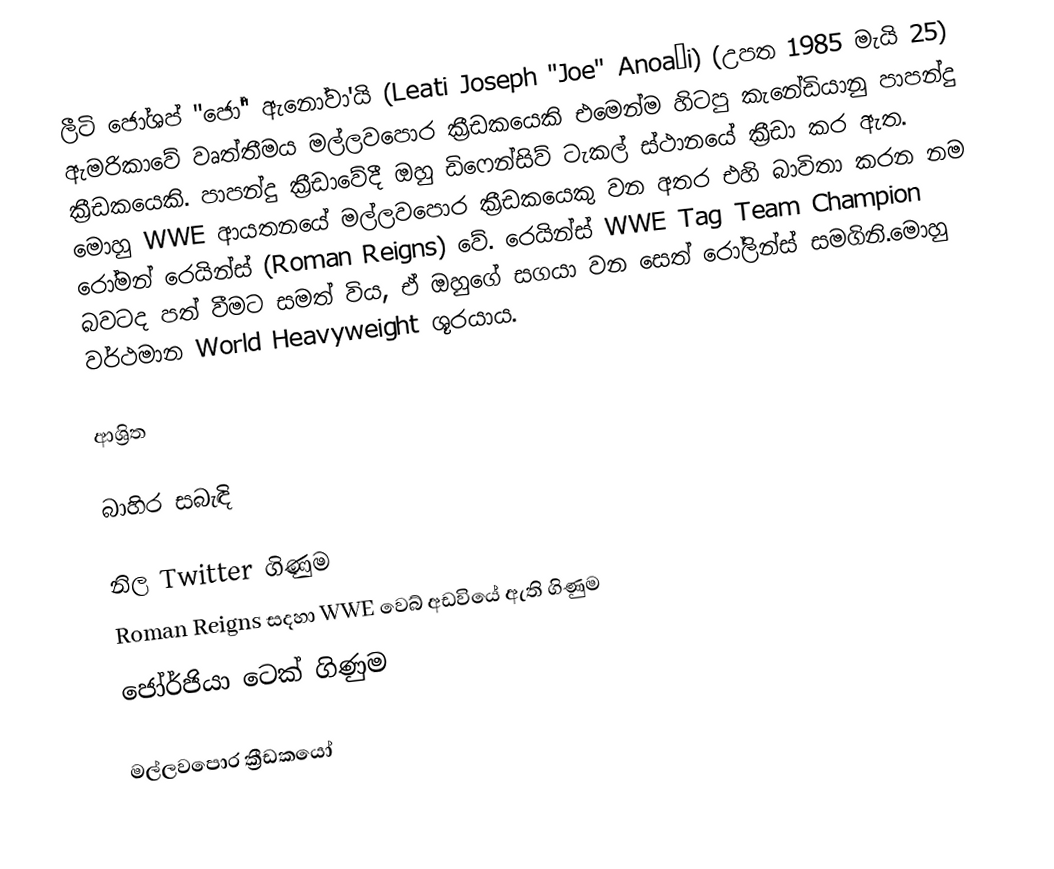
ලීටි ජෝශප් "ජෝ" ඇනෝවා'යි (Leati Joseph "Joe" Anoaʻi) (උපත 1985 මැයි 25) ඇමරිකාවේ වෘත්තීමය මල්ලවපොර ක්‍රීඩකයෙකි එමෙන්ම හිටපු කැනේඩියානු පාපන්දු ක්‍රීඩකයෙකි. පාපන්දු ක්‍රීඩාවේදී ඔහු ඩිෆෙන්සිව් ටැකල් ස්ථානයේ ක්‍රීඩා කර ඇත. මොහු WWE ආයතනයේ මල්ලවපොර ක්‍රීඩකයෙකු වන අතර එහි බාවිතා කරන නම රෝමන් රෙයින්ස් (Roman Reigns) වේ. රෙයින්ස් WWE Tag Team Champion  බවටද පත් වීමට සමත් විය, ඒ ඔහුගේ සගයා වන සෙත් රෝලින්ස් සමගිනි.මොහු වර්ථමාන World Heavyweight ශූරයාය.

ආශ්‍රිත

බාහිර සබැඳි

 නිල Twitter ගිණුම
 Roman Reigns සදහා WWE වෙබ් අඩවියේ ඇති ගිණුම
 ජෝර්ජියා ටෙක් ගිණුම

මල්ලවපොර ක්‍රීඩකයෝ